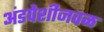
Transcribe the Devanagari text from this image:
अंडपेशीजवळ